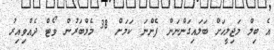
އެ ބިލް މަޖިލީހަށް ބަލައިގަންނަން ފެންނަ ކަމަށް 38 މެމްބަރުން ވޯޓް ދެއްވިއިރު